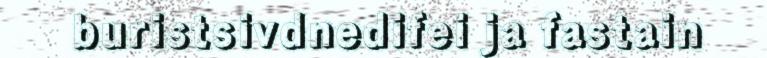
buristsivdnedifei ja fastain